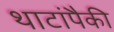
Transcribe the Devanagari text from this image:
थाटांपैकी